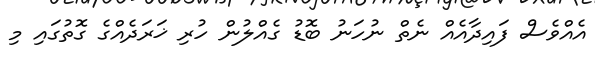
އެއްވެސް ފައިދާއެއް ނެތް ނުހަނު ބޮޑު ގެއްލުން ހުރި ޚަރަދެއްގެ ގޮތުގައި މި